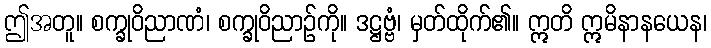
ဤအတူ။ စက္ခုဝိညာဏံ၊ စက္ခုဝိညာဉ်ကို။ ဒဋ္ဌဗ္ဗံ၊ မှတ်ထိုက်၏။ ဣတိ ဣမိနာနယေန၊